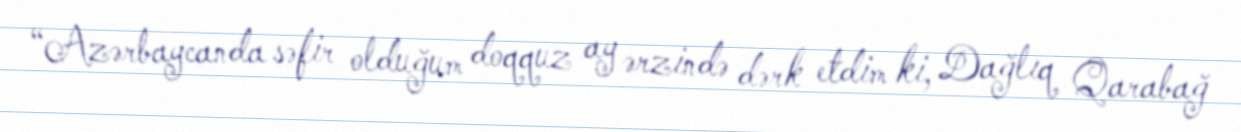
“Azərbaycanda səfir olduğum doqquz ay ərzində dərk etdim ki, Dağlıq Qarabağ